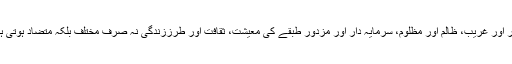
امیر اور غریب، ظالم اور مظلوم، سرمایہ دار اور مزدور طبقے کی معیشت، ثقافت اور طرززندگی نہ صرف مختلف بلکہ متضاد ہوتی ہیں۔